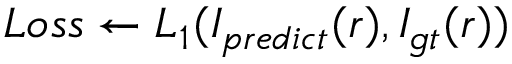
L o s s \gets L _ { 1 } ( I _ { p r e d i c t } ( r ) , I _ { g t } ( r ) )